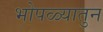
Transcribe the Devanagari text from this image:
भोपळ्यातुन